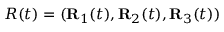
R ( t ) = ( { \bf R } _ { 1 } ( t ) , { \bf R } _ { 2 } ( t ) , { \bf R } _ { 3 } ( t ) )